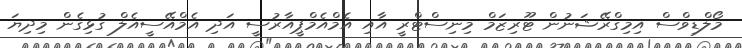
މޯލްޑިވްސް އިމިގްރޭޝަނުން ޓޫރިޒަމް މިނިސްޓްރީ އާއި އެމްއެމްޕީއާރުސީ އަދި އެމްއޭސީއެލް ގުޅިގެން މިދިޔަ